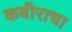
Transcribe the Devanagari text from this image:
कबीराचा